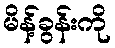
မိန့်ခွန်းကို